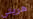
هربتي